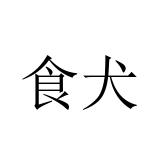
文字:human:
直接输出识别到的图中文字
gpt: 食犬